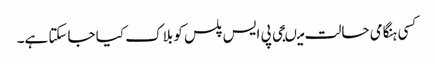
کسی ہنگامی حالت میںجی پی ایس پلس کو بلاک کیا جاسکتا ہے۔